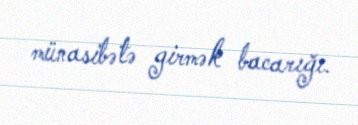
münasibətə girmək bacarığı.